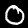
Digit: 0